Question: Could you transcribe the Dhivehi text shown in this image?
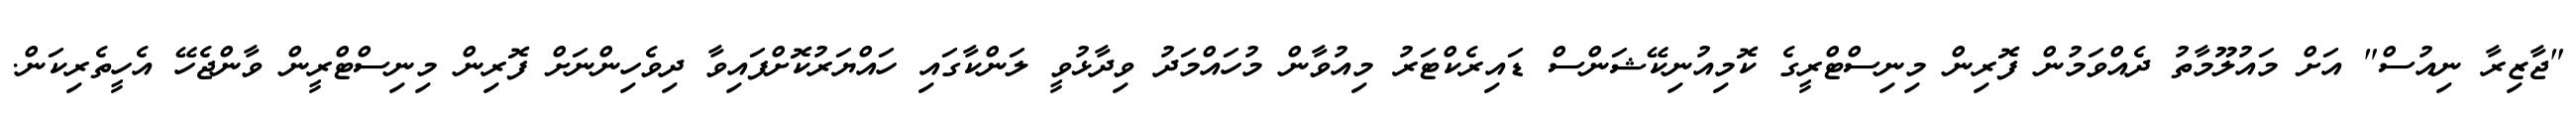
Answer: "ޖާޒިރާ ނިއުސް" އަށް މައުލޫމާތު ދެއްވަމުން ފޮރިން މިނިސްޓްރީގެ ކޮމިއުނިކޭޝަންސް ޑައިރެކްޓަރު މިއުވާން މުހައްމަދު ވިދާޅުވީ ލަންކާގައި ހައްޔަރުކޮށްފައިވާ ދިވެހިންނަށް ފޮރިން މިނިސްޓްރީން ވާންޖެހޭ އެހީތެރިކަން.